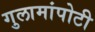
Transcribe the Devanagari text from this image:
गुलामांपोटी